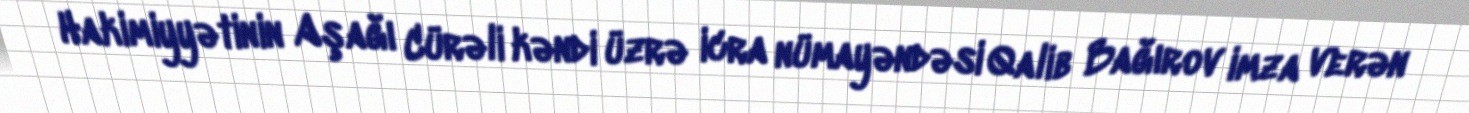
Hakimiyyətinin Aşağı Cürəli kəndi üzrə icra nümayəndəsi Qalib Bağırov imza verən